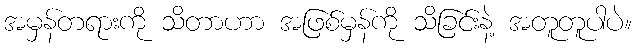
အမှန်တရားကို သိတာဟာ အဖြစ်မှန်ကို သိခြင်းနဲ့ အတူတူပါပဲ။